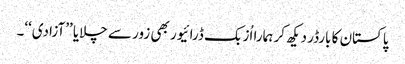
پاکستان کا بارڈر دیکھ کر ہمارا اُزبک ڈرائیور بھی زور سے چلایا ’’آزادی‘‘۔